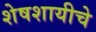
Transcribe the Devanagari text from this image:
शेषशायीचे